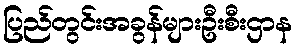
ပြည်တွင်းအခွန်များဦးစီးဌာန